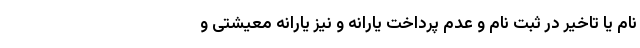
نام یا تاخیر در ثبت نام و عدم پرداخت یارانه و نیز یارانه معیشتی و